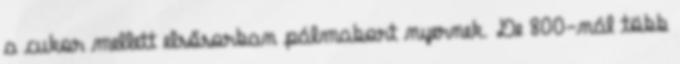
a cukor mellett elsősorban pálmabort nyernek. De 800-nál több